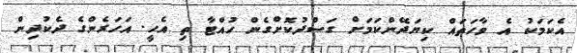
އެކަމަކު އެ ވާހަތައް ކިޔަދޭންކަމަށް ގަސްދުކޮށްގެން ހުއްޓާ ތި އެހީ. އަހަރެންގެ ދެކުދިން